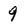
Character: 9